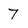
Character: 7